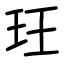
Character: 玨